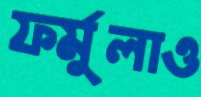
ফর্মুলাও